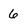
Character: 6